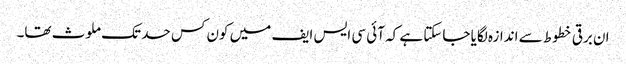
ان برقی خطوط سے اندازہ لگایا جاسکتا ہے کہ آئی سی ایس ایف میں کون کس حد تک ملوث تھا۔